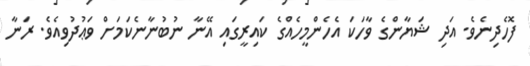
ފޮހެދިނެވެ. އަދި ޝަޔާންގެ ވާހަކަ އެހެންމީހެއްގެ ކައިރީގައި އޭނާ ނުބުނާނެކަމަށް ވަޢުދުވިއެވެ. ރަނާ